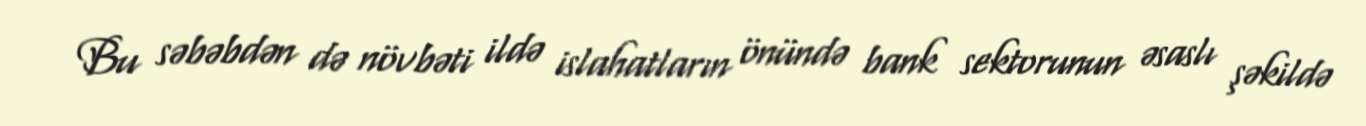
Bu səbəbdən də növbəti ildə islahatların önündə bank sektorunun əsaslı şəkildə